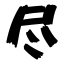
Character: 尽